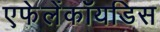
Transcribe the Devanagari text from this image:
एफेलेंकॉयडिस